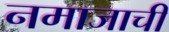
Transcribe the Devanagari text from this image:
नमाजाची